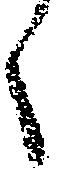
く